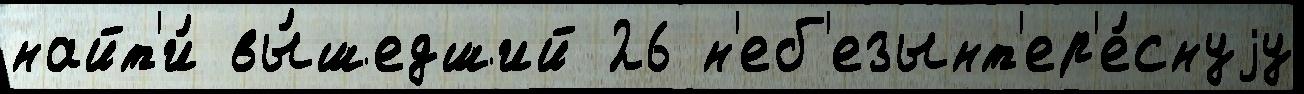
найт'и́ вы́шедший 26 н'еб'езынт'ер'е́снуjу